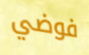
فوضي